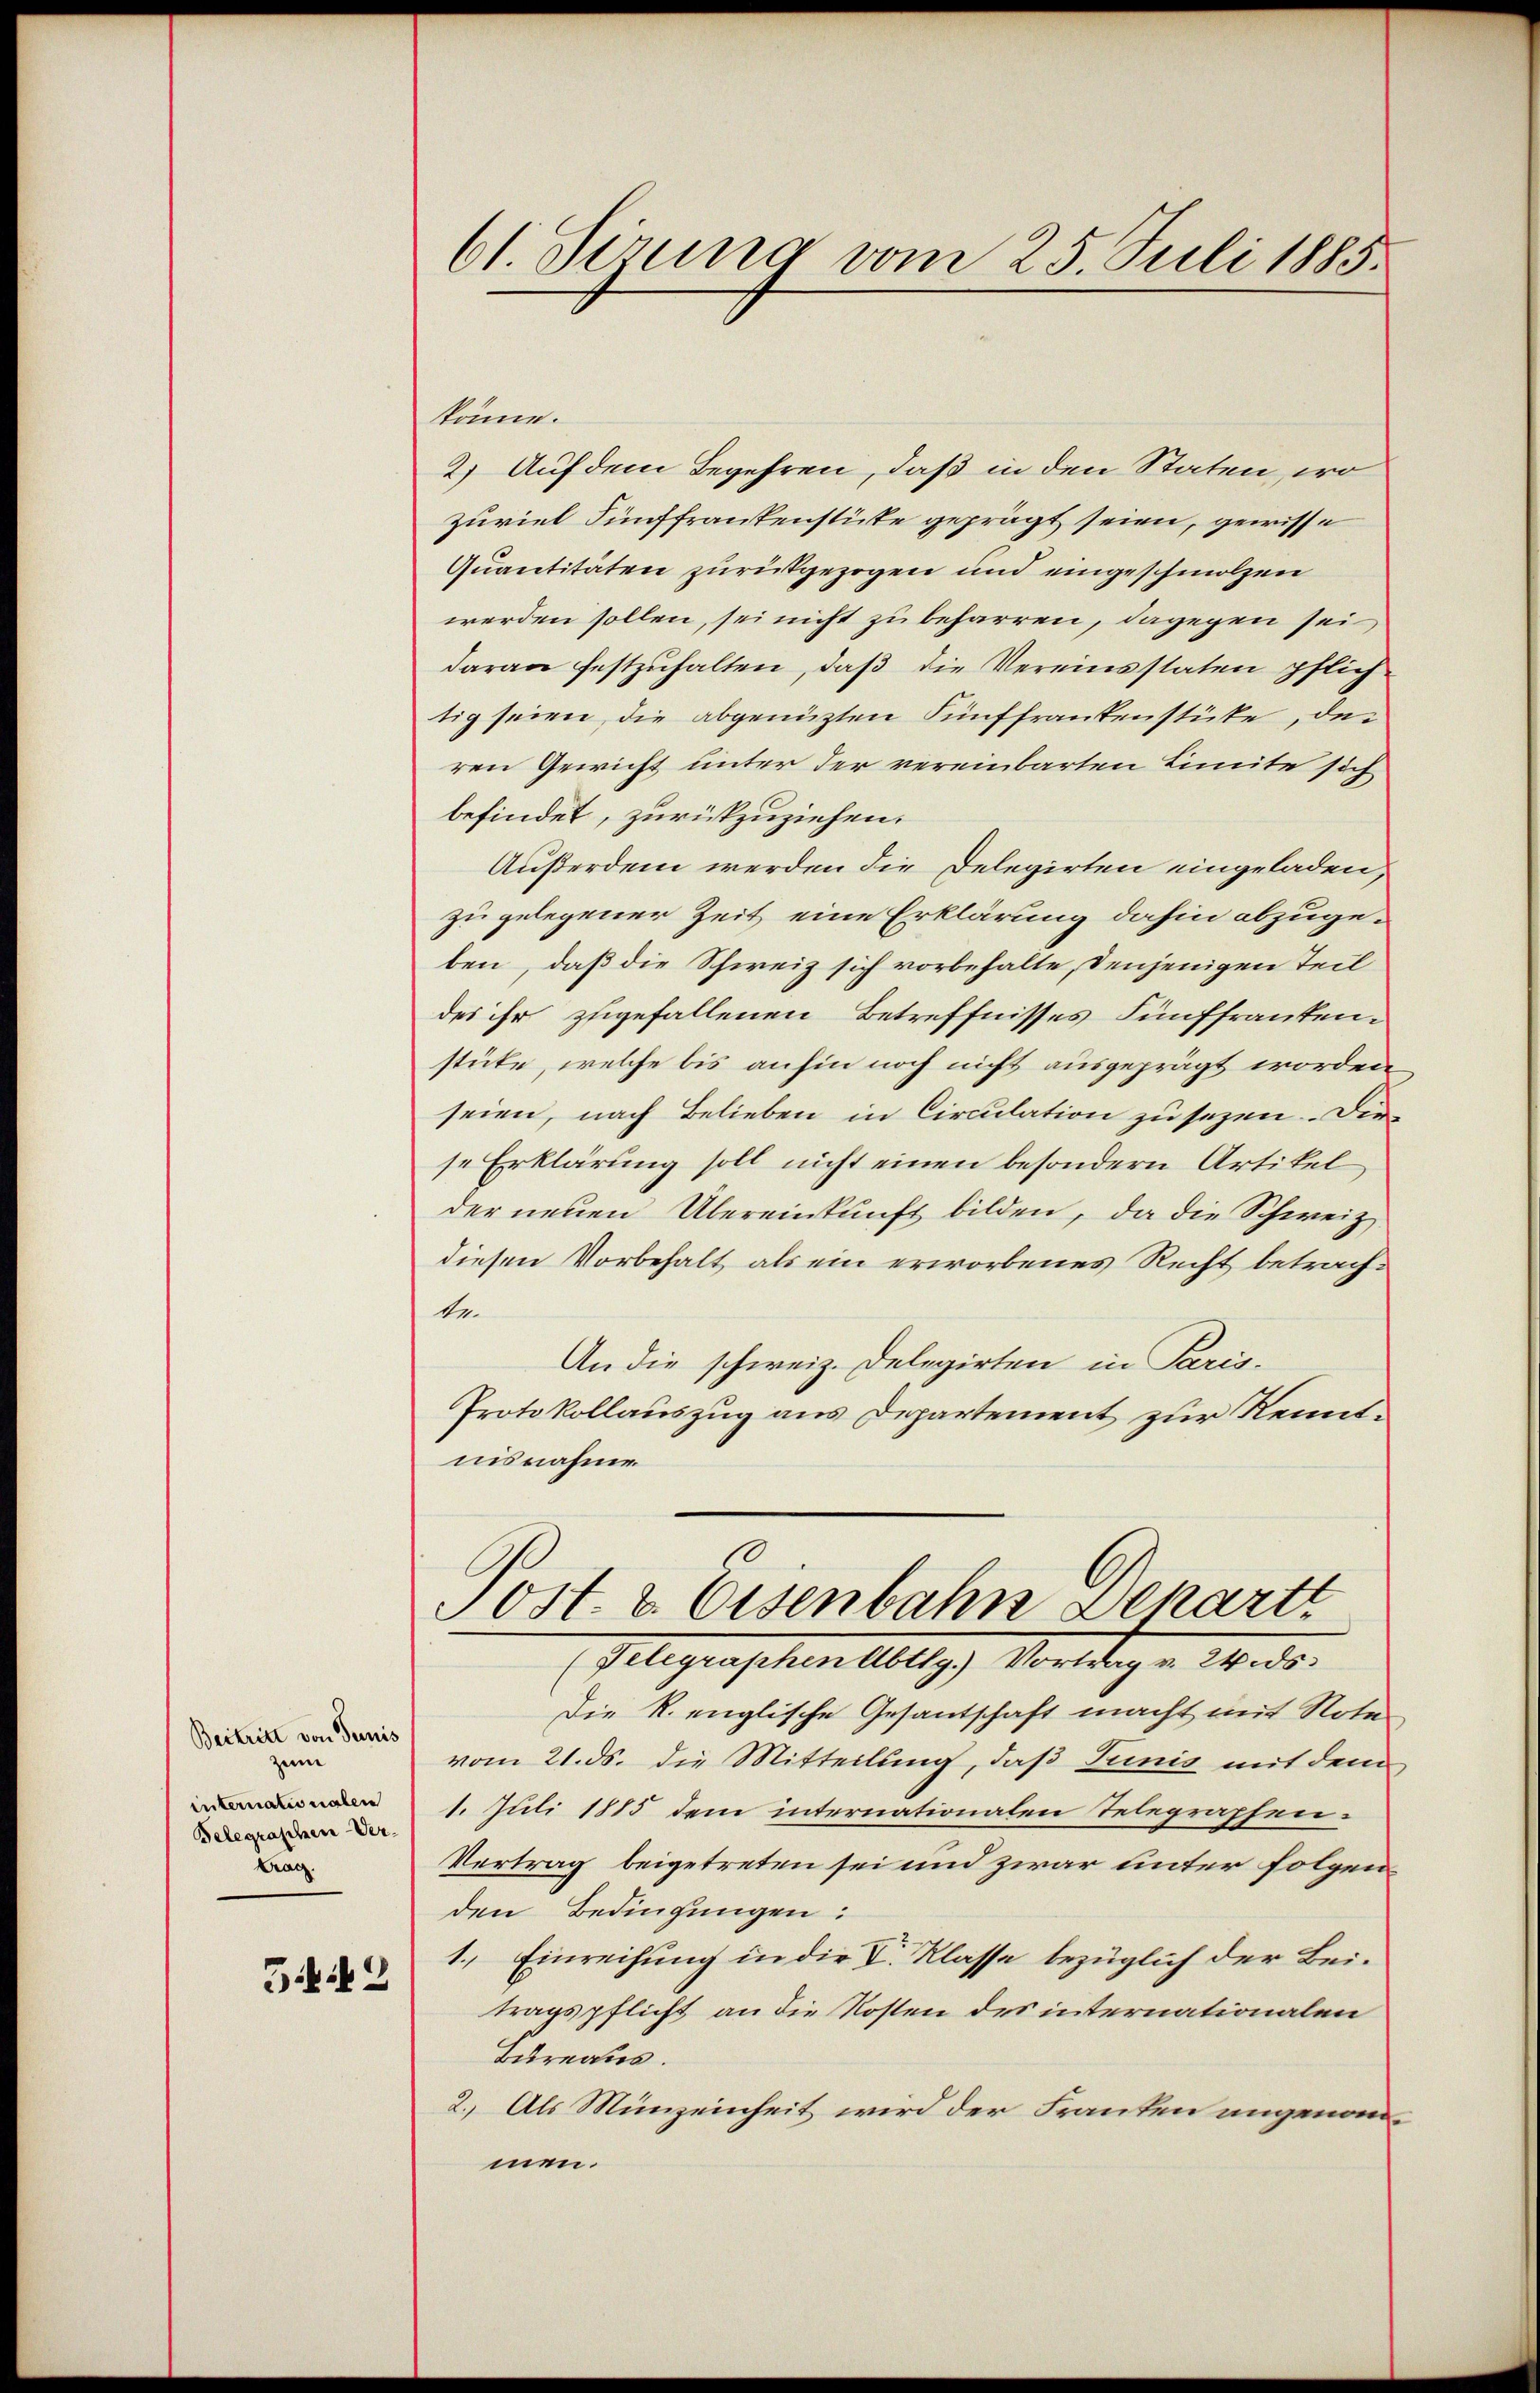
Beitritt von Turnis
zum
internationalen
Belegraschen Ver¬
Kran
3442

61. Sizung vom 25. Juli 1885.

könne.
2.) Auf dem Begehren, daß in den Staten, wo
zuviel Fünffrankenstücke geprägt seien, gewisse
Quantitäten zurückgezogen und eingeschmolzen
werden sollen, sei nicht zu beharren, dagegen sei
daran festzuhalten, daß die Vereinsstaten pflich-
tig seien, die abgenützten Fünffrankenstücke, den
ren Gewicht unter der vereinbarten Limite sich
befindet, zurückzuziehen.
Außerdem werden die Delegirten eingeladen,
zu gelegener Zeit eine Erklärung dahin abzugeben, daß die Schweiz sich vorbehalte, denjenigen Teil
des ihr zugefallenen Betreffnisses Fünffrantenstüke, welche bis anhin noch nicht ausgeprägt worden
seien, nach Belieben in Circulation zu sezen. Die
se Erklärung soll nicht einen besondern Artikel
der neuen Übereinkunft bilden, da die Schweiz
diesen Vorbehalt als ein erworbenes Recht betrachbe.
An die schweiz. Delegirten in Paris.
Protokollauszug aus Departement zur Kenntnisnahme
Sost. v. Eisenbahn Departt
(Telegraphen Abtlg.) Vortrag v. Wids.
Die R. englische Gesantschaft macht mit Note
vom 21. ds. die Mitteilung, daß Tunis mit dem
1. Juli 1885 dem internationalen Telegraphen.
Vertrag beigetreten sei und zwar unter folgenden Bedingungen:
1.) Einreihung in die V. Klasse bezüglich der Beitragspflicht an die Kosten des internationalen
Bureatis.
2.) Als Münzeinheit wird der Franten angenommen.